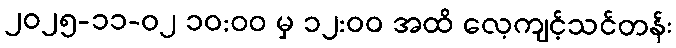
၂၀၂၅-၁၁-၀၂ ၁၀:၀၀ မှ ၁၂:၀၀ အထိ လေ့ကျင့်သင်တန်း